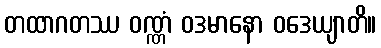
တထာဂတဿ ဝဏ္ဏံ ဝဒမာနော ဝဒေယျာတိ။